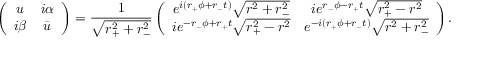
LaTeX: \left( \begin{array} { c c } { { u } } & { { i \alpha } } \\ { { i \beta } } & { { \bar { u } } } \end{array} \right) = \frac { 1 } { \sqrt { r _ { + } ^ { 2 } + r _ { - } ^ { 2 } } } \left( \begin{array} { c c } { { e ^ { i ( r _ { + } \phi + r _ { - } t ) } \sqrt { r ^ { 2 } + r _ { - } ^ { 2 } } } } & { { i e ^ { r _ { - } \phi - r _ { + } t } \sqrt { r _ { + } ^ { 2 } - r ^ { 2 } } } } \\ { { i e ^ { - r _ { - } \phi + r _ { + } t } \sqrt { r _ { + } ^ { 2 } - r ^ { 2 } } } } & { { e ^ { - i ( r _ { + } \phi + r _ { - } t ) } \sqrt { r ^ { 2 } + r _ { - } ^ { 2 } } } } \end{array} \right) .